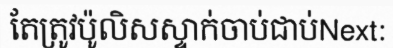
តែត្រូវប៉ូលិសស្ទាក់ចាប់ជាប់Next: